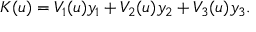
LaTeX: K ( u ) = V _ { 1 } ( u ) y _ { 1 } + V _ { 2 } ( u ) y _ { 2 } + V _ { 3 } ( u ) y _ { 3 } .